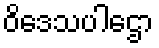
ဝိဒေသပါဌော